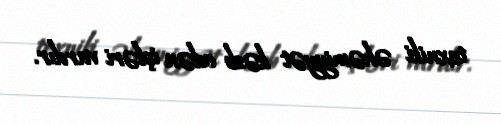
texniki əhəmiyyət kəsb edən işləri vardır.